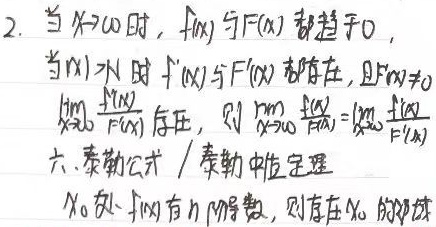
2. 当$x \to \infty$时，$f(x)$与$F(x)$都趋于$0$。当$|x| > N$时，$f'(x)$与$F'(x)$都存在，且$F'(x) \neq 0$，$\lim_{x \to \infty}\frac{f(x)}{F(x)}$存在，则$\lim_{x \to \infty}\frac{f(x)}{F(x)}=\lim_{x \to \infty}\frac{f'(x)}{F'(x)}$。

六、泰勒公式/泰勒中值定理：$x_0$处$f(x)$有$n$阶导数，则存在$x_0$的邻域